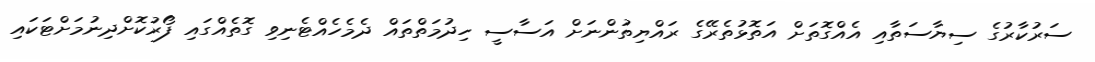
ސަރުކާރުގެ ސިޔާސަތާއި އެއްގޮތަށް އަތޮޅުތެރޭގެ ރައްޔިތުންނަށް އަސާސީ ހިދުމަތްތައް ދެމެހެއްޓެނިވި ގޮތެއްގައި ފޯރުކޮށްދިނުމަށްޓަކައި